Report of an investigation into the causes of the diseases known in Assam as Kála-Azár and Beri-Beri
Disease focus: Beri-Beri
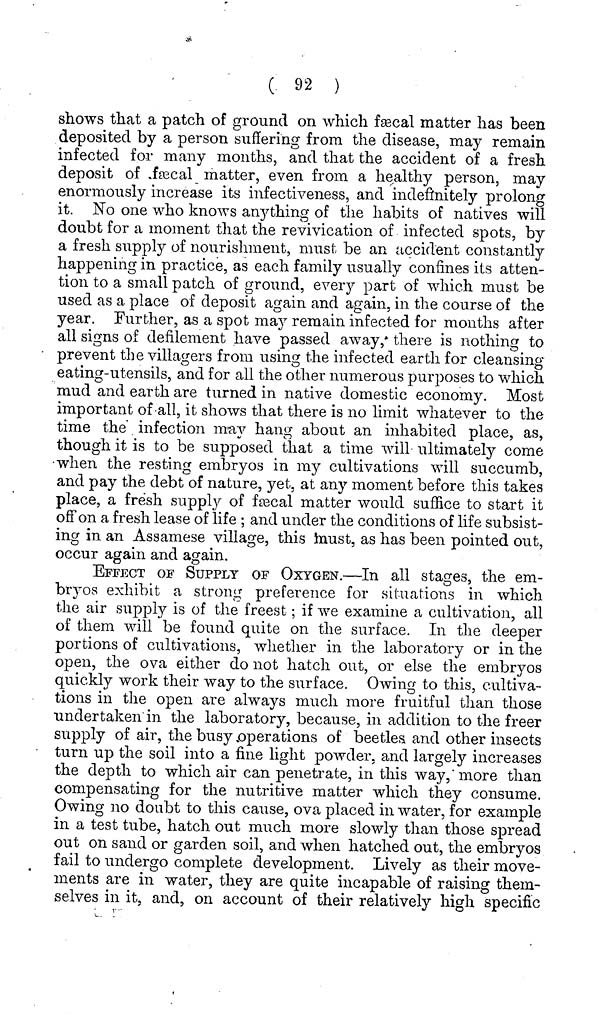
( 92 )
shows that a patch of ground on which feecal matter has been
deposited by a person suffering from the disease, may remain
infected for many months, and that the accident of a fresh
deposit of fsecal matter, even from a healthy person, may
enormously increase its infectiveness, and indefinitely prolong
it. No one who knows anything of the habits of natives will
doubt for a moment that the revivication of infected spots, by
a fresh supply of nourishment, must be an accident constantly
happening in practice, as each family usually confines its atten-
tion to a small patch of ground, every part of which must be
used as a place of deposit again and again, in the course of the
year. Further, as a spot may remain infected for months after
all signs of defilement have passed away, there is nothing to
prevent the villagers from using the infected earth for cleansing
eating-utensils, and for all the other numerous purposes to which
mud and earth are turned in native domestic economy. Most
important of all, it shows that there is no limit whatever to the
time the infection may hang about an inhabited place, as,
though it is to be supposed that a time will ultimately come
when the resting embryos in my cultivations will succumb,
and pay the debt of nature, yet, at any moment before this takes
place, a fresh supply of fecal matter would suffice to start it
off on a fresh lease of life ; and under the conditions of life subsist-
ing in an Assamese village, this must, as has been pointed out,
occur again and again.
EFFECT OF SUPPLY OF OXYGEN.—In all stages, the em-
bryos exhibit a strong preference for situations in which
the air supply is of the freest; if we examine a cultivation, all
of them will be found quite on the surface. In the deeper
portions of cultivations, whether in the laboratory or in the
open, the ova either do not hatch out, or else the embryos
quickly work their way to the surface. Owing to this, cultiva-
tions in the open are always much more fruitful than those
undertaken in the laboratory, because, in addition to the freer
supply of air, the busy .operations of beetles, and other insects
turn up the soil into a fine light powder, and largely increases
the depth to which air can penetrate, in this way, more than
compensating for the nutritive matter which they consume.
Owing no doubt to this cause, ova placed in water, for example
in a test tube, hatch out much more slowly than those spread
out on sand or garden soil, and when hatched out, the embryos
fail to undergo complete development. Lively as their move-
ments are in water, they are quite incapable of raising them-
selves in it, and, on account of their relatively high specific